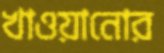
খাওয়ানোর